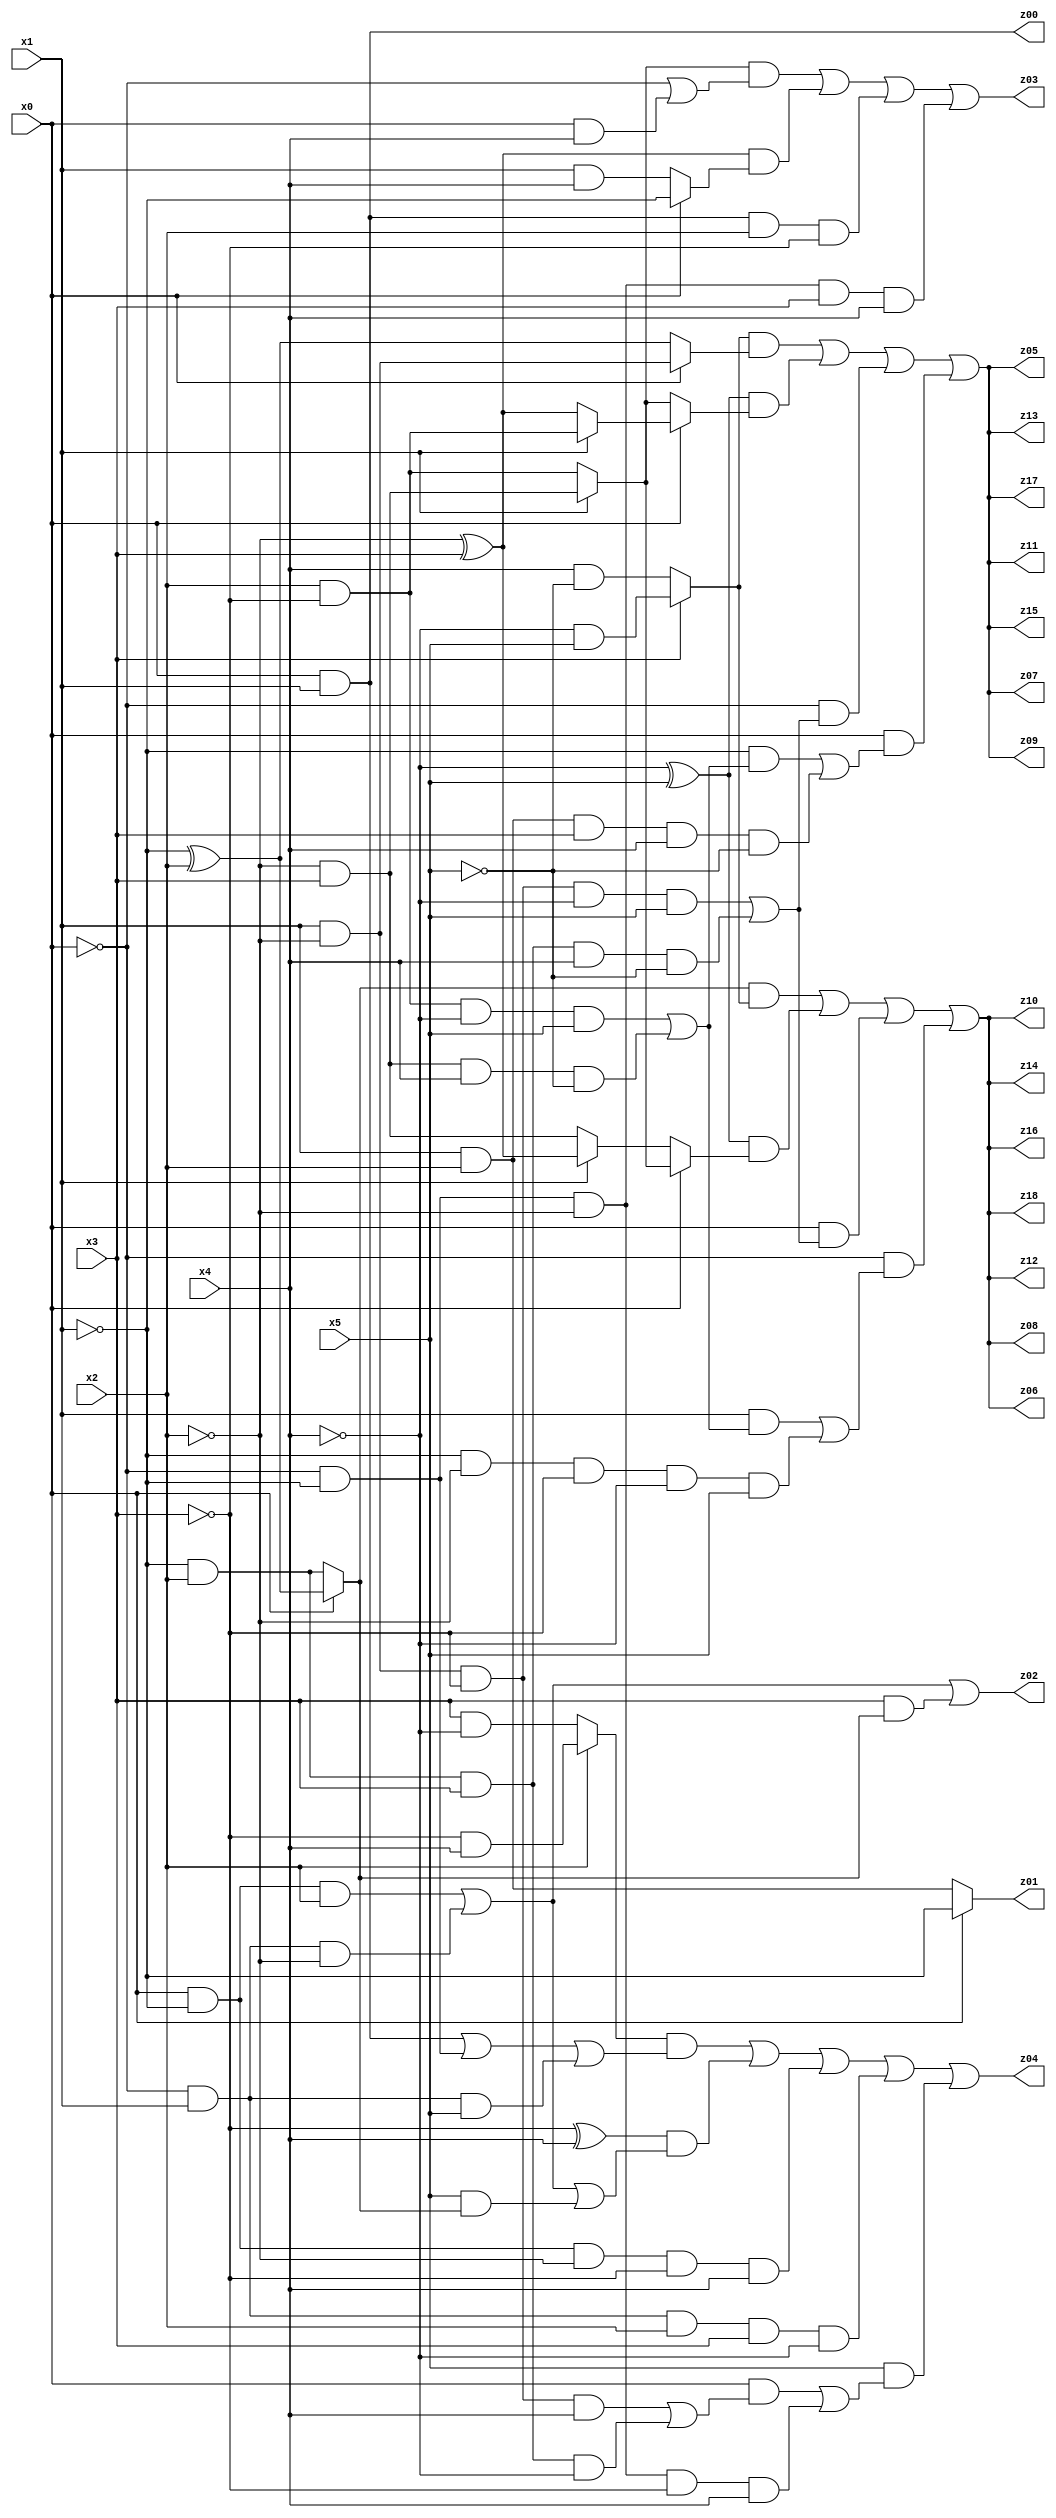
// Benchmark "q_3" written by ABC on Mon Jul 10 18:45:14 2023

module q_3 ( 
    x0, x1, x2, x3, x4, x5,
    z00, z01, z02, z03, z04, z05, z06, z07, z08, z09, z10, z11, z12, z13,
    z14, z15, z16, z17, z18  );
  input  x0, x1, x2, x3, x4, x5;
  output z00, z01, z02, z03, z04, z05, z06, z07, z08, z09, z10, z11, z12, z13,
    z14, z15, z16, z17, z18;
  assign z00 = x0 & x1;
  assign z01 = x0 ? ~x1 : (x1 & x2);
  assign z02 = (x0 & ~x1 & x2) | (~x0 & x1 & ~x2) | (x3 & (x0 ? (~x1 ^ x2) : (~x1 & x2)));
  assign z03 = ((x1 ? (~x2 & x3) : (x2 & ~x3)) & (~x0 | (x0 & x4))) | ((~x2 ^ x3) & (x0 ? ~x1 : (x1 & x4))) | (x0 & x1 & x2 & ~x3) | (~x0 & ~x1 & ~x2 & x3 & x4);
  assign z04 = ((x2 ? (~x3 & x4) : (x3 & ~x4)) & ((x0 & x1) | (~x0 & ~x1) | (~x0 & x1 & x5))) | ((~x3 ^ x4) & ((x0 & ~x1 & x2) | (~x0 & x1 & ~x2) | (x5 & (x0 ? (~x1 ^ x2) : (~x1 & x2))))) | (x0 & ~x1 & ~x2 & ~x3 & x4) | (~x0 & x1 & x2 & x3 & ~x4) | (x5 & ((x0 & ((x1 & ~x2 & ~x3 & x4) | (~x1 & x2 & x3 & ~x4))) | (~x0 & ~x1 & ~x2 & ~x3 & x4)));
  assign z05 = ((x3 ? (~x4 & x5) : (x4 & ~x5)) & (x0 ? (x1 & ~x2) : (~x1 ^ x2))) | ((~x4 ^ x5) & (x0 ? (x1 ? (x2 & ~x3) : (~x2 ^ x3)) : (x1 ? (~x2 & x3) : (x2 & ~x3)))) | (~x0 & ((x1 & ~x2 & ~x3 & ~x4 & x5) | (~x1 & x2 & x3 & x4 & ~x5))) | (x0 & ((~x1 & ((x2 & ~x3 & ~x4 & x5) | (~x2 & x3 & x4 & ~x5))) | (x1 & x2 & x3 & x4 & ~x5)));
  assign z06 = ((x0 ? (~x1 ^ x2) : (~x1 & x2)) & (x3 ? (~x4 & x5) : (x4 & ~x5))) | ((~x4 ^ x5) & (x0 ? (x1 ? (~x2 & x3) : (x2 & ~x3)) : (x1 ? (~x2 ^ x3) : (~x2 & x3)))) | (x0 & ((x1 & ~x2 & ~x3 & ~x4 & x5) | (~x1 & x2 & x3 & x4 & ~x5))) | (~x0 & ((x1 & ((x2 & ~x3 & ~x4 & x5) | (~x2 & x3 & x4 & ~x5))) | (~x1 & ~x2 & ~x3 & ~x4 & x5)));
  assign z07 = ((x3 ? (~x4 & x5) : (x4 & ~x5)) & (x0 ? (x1 & ~x2) : (~x1 ^ x2))) | ((~x4 ^ x5) & (x0 ? (x1 ? (x2 & ~x3) : (~x2 ^ x3)) : (x1 ? (~x2 & x3) : (x2 & ~x3)))) | (~x0 & ((x1 & ~x2 & ~x3 & ~x4 & x5) | (~x1 & x2 & x3 & x4 & ~x5))) | (x0 & ((~x1 & ((x2 & ~x3 & ~x4 & x5) | (~x2 & x3 & x4 & ~x5))) | (x1 & x2 & x3 & x4 & ~x5)));
  assign z08 = ((x0 ? (~x1 ^ x2) : (~x1 & x2)) & (x3 ? (~x4 & x5) : (x4 & ~x5))) | ((~x4 ^ x5) & (x0 ? (x1 ? (~x2 & x3) : (x2 & ~x3)) : (x1 ? (~x2 ^ x3) : (~x2 & x3)))) | (x0 & ((x1 & ~x2 & ~x3 & ~x4 & x5) | (~x1 & x2 & x3 & x4 & ~x5))) | (~x0 & ((x1 & ((x2 & ~x3 & ~x4 & x5) | (~x2 & x3 & x4 & ~x5))) | (~x1 & ~x2 & ~x3 & ~x4 & x5)));
  assign z09 = ((x3 ? (~x4 & x5) : (x4 & ~x5)) & (x0 ? (x1 & ~x2) : (~x1 ^ x2))) | ((~x4 ^ x5) & (x0 ? (x1 ? (x2 & ~x3) : (~x2 ^ x3)) : (x1 ? (~x2 & x3) : (x2 & ~x3)))) | (~x0 & ((x1 & ~x2 & ~x3 & ~x4 & x5) | (~x1 & x2 & x3 & x4 & ~x5))) | (x0 & ((~x1 & ((x2 & ~x3 & ~x4 & x5) | (~x2 & x3 & x4 & ~x5))) | (x1 & x2 & x3 & x4 & ~x5)));
  assign z10 = ((x0 ? (~x1 ^ x2) : (~x1 & x2)) & (x3 ? (~x4 & x5) : (x4 & ~x5))) | ((~x4 ^ x5) & (x0 ? (x1 ? (~x2 & x3) : (x2 & ~x3)) : (x1 ? (~x2 ^ x3) : (~x2 & x3)))) | (x0 & ((x1 & ~x2 & ~x3 & ~x4 & x5) | (~x1 & x2 & x3 & x4 & ~x5))) | (~x0 & ((x1 & ((x2 & ~x3 & ~x4 & x5) | (~x2 & x3 & x4 & ~x5))) | (~x1 & ~x2 & ~x3 & ~x4 & x5)));
  assign z11 = ((x3 ? (~x4 & x5) : (x4 & ~x5)) & (x0 ? (x1 & ~x2) : (~x1 ^ x2))) | ((~x4 ^ x5) & (x0 ? (x1 ? (x2 & ~x3) : (~x2 ^ x3)) : (x1 ? (~x2 & x3) : (x2 & ~x3)))) | (~x0 & ((x1 & ~x2 & ~x3 & ~x4 & x5) | (~x1 & x2 & x3 & x4 & ~x5))) | (x0 & ((~x1 & ((x2 & ~x3 & ~x4 & x5) | (~x2 & x3 & x4 & ~x5))) | (x1 & x2 & x3 & x4 & ~x5)));
  assign z12 = ((x0 ? (~x1 ^ x2) : (~x1 & x2)) & (x3 ? (~x4 & x5) : (x4 & ~x5))) | ((~x4 ^ x5) & (x0 ? (x1 ? (~x2 & x3) : (x2 & ~x3)) : (x1 ? (~x2 ^ x3) : (~x2 & x3)))) | (x0 & ((x1 & ~x2 & ~x3 & ~x4 & x5) | (~x1 & x2 & x3 & x4 & ~x5))) | (~x0 & ((x1 & ((x2 & ~x3 & ~x4 & x5) | (~x2 & x3 & x4 & ~x5))) | (~x1 & ~x2 & ~x3 & ~x4 & x5)));
  assign z13 = ((x3 ? (~x4 & x5) : (x4 & ~x5)) & (x0 ? (x1 & ~x2) : (~x1 ^ x2))) | ((~x4 ^ x5) & (x0 ? (x1 ? (x2 & ~x3) : (~x2 ^ x3)) : (x1 ? (~x2 & x3) : (x2 & ~x3)))) | (~x0 & ((x1 & ~x2 & ~x3 & ~x4 & x5) | (~x1 & x2 & x3 & x4 & ~x5))) | (x0 & ((~x1 & ((x2 & ~x3 & ~x4 & x5) | (~x2 & x3 & x4 & ~x5))) | (x1 & x2 & x3 & x4 & ~x5)));
  assign z14 = ((x0 ? (~x1 ^ x2) : (~x1 & x2)) & (x3 ? (~x4 & x5) : (x4 & ~x5))) | ((~x4 ^ x5) & (x0 ? (x1 ? (~x2 & x3) : (x2 & ~x3)) : (x1 ? (~x2 ^ x3) : (~x2 & x3)))) | (x0 & ((x1 & ~x2 & ~x3 & ~x4 & x5) | (~x1 & x2 & x3 & x4 & ~x5))) | (~x0 & ((x1 & ((x2 & ~x3 & ~x4 & x5) | (~x2 & x3 & x4 & ~x5))) | (~x1 & ~x2 & ~x3 & ~x4 & x5)));
  assign z15 = ((x3 ? (~x4 & x5) : (x4 & ~x5)) & (x0 ? (x1 & ~x2) : (~x1 ^ x2))) | ((~x4 ^ x5) & (x0 ? (x1 ? (x2 & ~x3) : (~x2 ^ x3)) : (x1 ? (~x2 & x3) : (x2 & ~x3)))) | (~x0 & ((x1 & ~x2 & ~x3 & ~x4 & x5) | (~x1 & x2 & x3 & x4 & ~x5))) | (x0 & ((~x1 & ((x2 & ~x3 & ~x4 & x5) | (~x2 & x3 & x4 & ~x5))) | (x1 & x2 & x3 & x4 & ~x5)));
  assign z16 = ((x0 ? (~x1 ^ x2) : (~x1 & x2)) & (x3 ? (~x4 & x5) : (x4 & ~x5))) | ((~x4 ^ x5) & (x0 ? (x1 ? (~x2 & x3) : (x2 & ~x3)) : (x1 ? (~x2 ^ x3) : (~x2 & x3)))) | (x0 & ((x1 & ~x2 & ~x3 & ~x4 & x5) | (~x1 & x2 & x3 & x4 & ~x5))) | (~x0 & ((x1 & ((x2 & ~x3 & ~x4 & x5) | (~x2 & x3 & x4 & ~x5))) | (~x1 & ~x2 & ~x3 & ~x4 & x5)));
  assign z17 = ((x3 ? (~x4 & x5) : (x4 & ~x5)) & (x0 ? (x1 & ~x2) : (~x1 ^ x2))) | ((~x4 ^ x5) & (x0 ? (x1 ? (x2 & ~x3) : (~x2 ^ x3)) : (x1 ? (~x2 & x3) : (x2 & ~x3)))) | (~x0 & ((x1 & ~x2 & ~x3 & ~x4 & x5) | (~x1 & x2 & x3 & x4 & ~x5))) | (x0 & ((~x1 & ((x2 & ~x3 & ~x4 & x5) | (~x2 & x3 & x4 & ~x5))) | (x1 & x2 & x3 & x4 & ~x5)));
  assign z18 = ((x0 ? (~x1 ^ x2) : (~x1 & x2)) & (x3 ? (~x4 & x5) : (x4 & ~x5))) | ((~x4 ^ x5) & (x0 ? (x1 ? (~x2 & x3) : (x2 & ~x3)) : (x1 ? (~x2 ^ x3) : (~x2 & x3)))) | (x0 & ((x1 & ~x2 & ~x3 & ~x4 & x5) | (~x1 & x2 & x3 & x4 & ~x5))) | (~x0 & ((x1 & ((x2 & ~x3 & ~x4 & x5) | (~x2 & x3 & x4 & ~x5))) | (~x1 & ~x2 & ~x3 & ~x4 & x5)));
endmodule